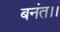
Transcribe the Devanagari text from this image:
बनंत।।